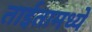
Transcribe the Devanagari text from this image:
ताईतामध्ये